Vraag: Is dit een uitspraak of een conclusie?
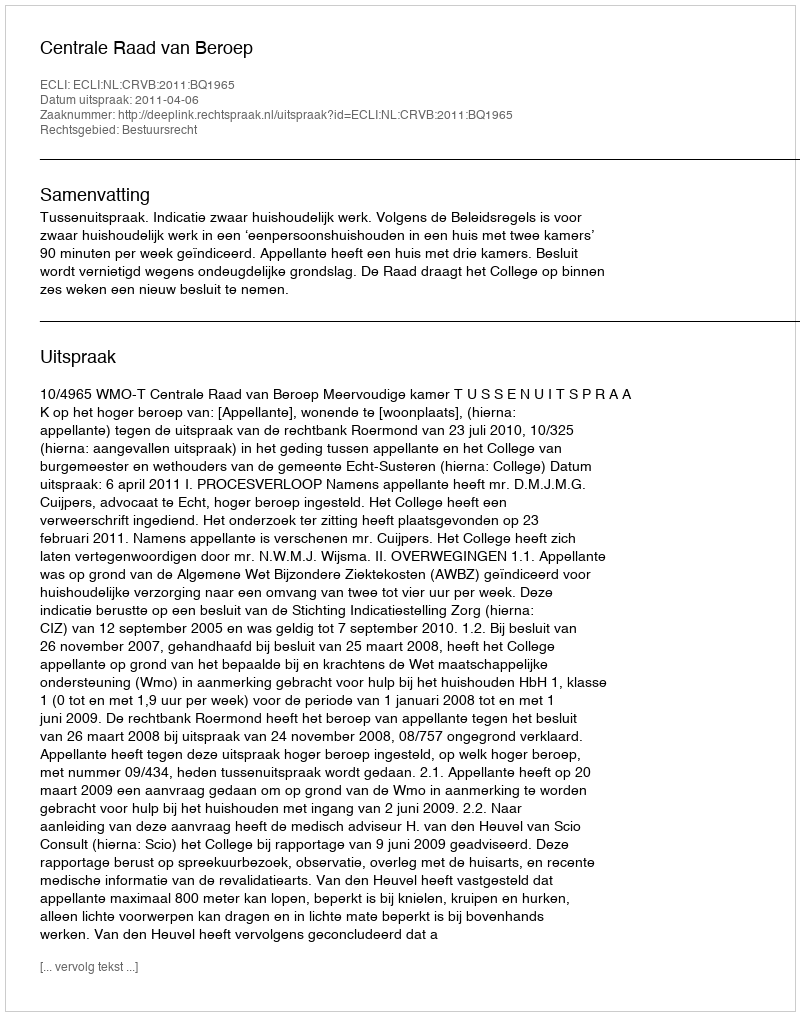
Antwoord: Uitspraak